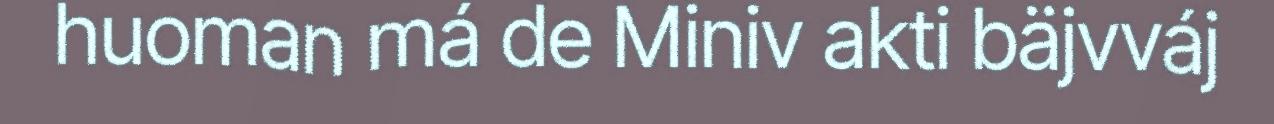
huoman má de Miniv akti bäjvváj